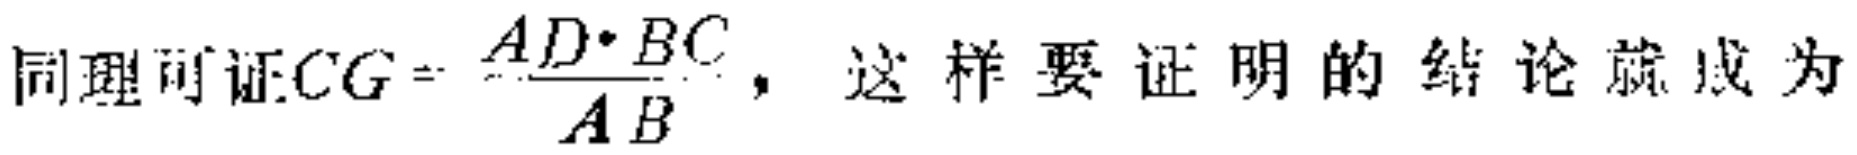
同理可证\(CG = \frac{AD\cdot BC}{AB}\)，这样要证明的结论就成为